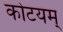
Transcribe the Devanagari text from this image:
कोटयम्